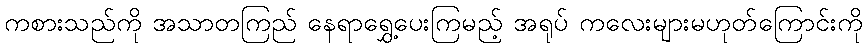
ကစားသည်ကို အသာတကြည် နေရာရွှေ့ပေးကြမည့် အရုပ် ကလေးများမဟုတ်ကြောင်းကို